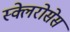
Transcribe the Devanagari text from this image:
स्क्लेरोसेस